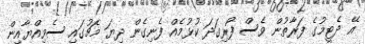
އޭ ދެޓީމުގެ ފަރާތުން ވެސް ފޯރިގަދަ ކުޅުމެއް ފެނިގެން ދިޔަ މެޗުގައި ސެވިއްޔާއިން